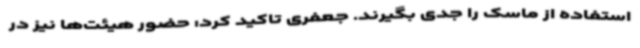
استفاده از ماسک را جدی بگیرند. جعفری تاکید کرد: حضور هیئت‌ها نیز در